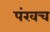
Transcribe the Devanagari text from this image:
पंखच